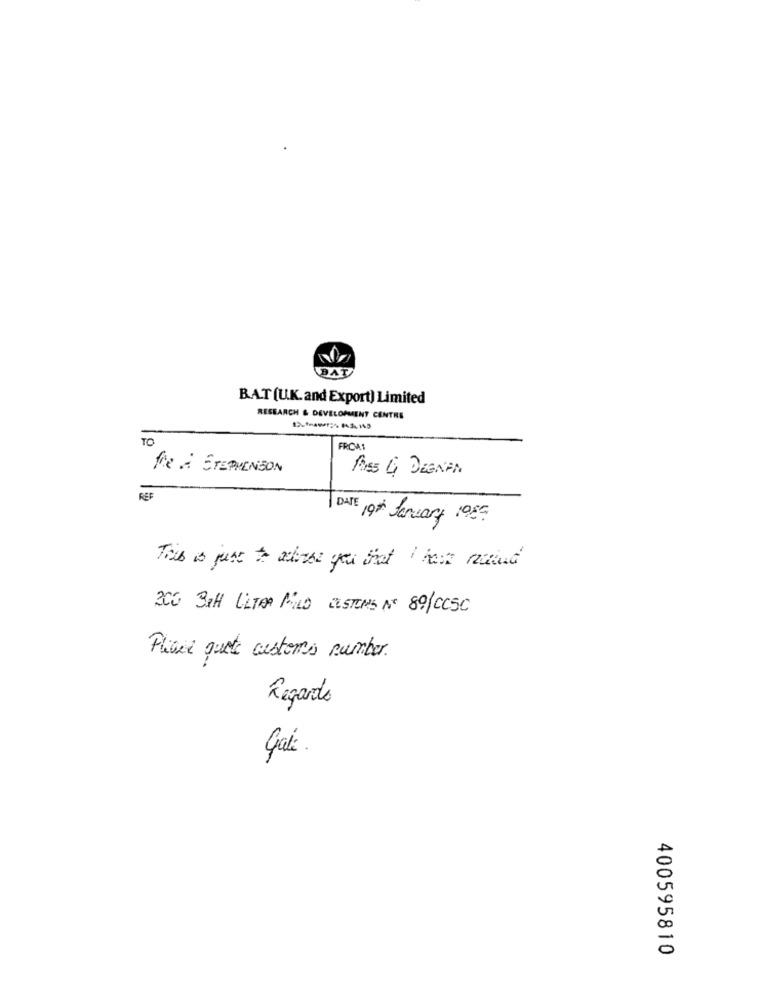
BAT
BAT (U.K. and Export) Limited
RESEARCH & DEVELOPMENT CENTRE
TO
FRCA1
fre : STEPHENSON
Rss G DEENAN
REF
DATE 19th January 1985
This is just to actores you that I have receiud
300 38H LETAR MILD CASTING AF 80/CCSC
Place quote customs number
Regards
Gais.
400595810